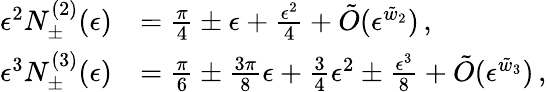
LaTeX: \begin{array}{rl}{\epsilon^{2}N_{\pm}^{(2)}(\epsilon)}&{=\frac{\pi}{4}\pm\epsilon+\frac{\epsilon^{2}}{4}+\tilde{O}(\epsilon^{\tilde{w}_{2}})\, ,}\\ {\epsilon^{3}N_{\pm}^{(3)}(\epsilon)}&{=\frac{\pi}{6}\pm\frac{3\pi}{8}\epsilon+\frac{3}{4}\epsilon^{2}\pm\frac{\epsilon^{3}}{8}+\tilde{O}(\epsilon^{\tilde{w}_{3}})\, ,}\end{array}